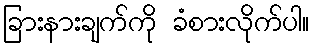
ခြားနားချက်ကို ခံစားလိုက်ပါ။